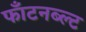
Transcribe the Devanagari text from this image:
फॉंटनब्ल्ट